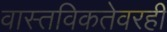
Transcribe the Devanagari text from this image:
वास्तविकतेवरही